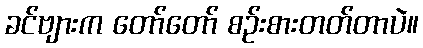
ခင်ဗျားက တော်တော် စဉ်းစားတတ်တာပဲ။